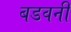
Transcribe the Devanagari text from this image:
बडवनी